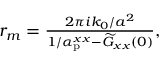
\begin{array} { r } { r _ { m } = \frac { 2 \pi i k _ { 0 } / a ^ { 2 } } { 1 / \alpha _ { \mathrm { p } } ^ { x x } - \widetilde G _ { x x } ( 0 ) } , } \end{array}